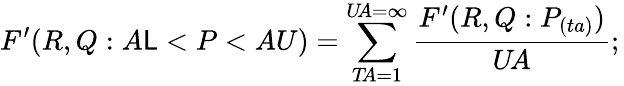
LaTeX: F^{\prime}(R,Q:A\mathsf{L}<P<AU)=\sum_{T\! A=1}^{U\! A=\infty}{\frac{{F^{\prime}(R,Q:P_{(ta)})}}{{U\! A}}};\,